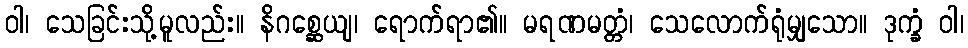
ဝါ၊ သေခြင်းသို့မူလည်း။ နိဂစ္ဆေယျ၊ ရောက်ရာ၏။ မရဏမတ္တံ၊ သေလောက်ရုံမျှသော။ ဒုက္ခံ ဝါ၊